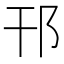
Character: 邗